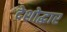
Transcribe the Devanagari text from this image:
देशोद्धार